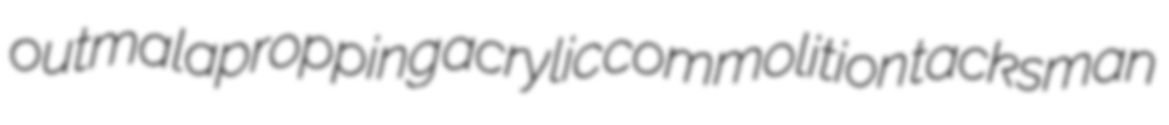
outmalapropping acrylic commolition tacksman